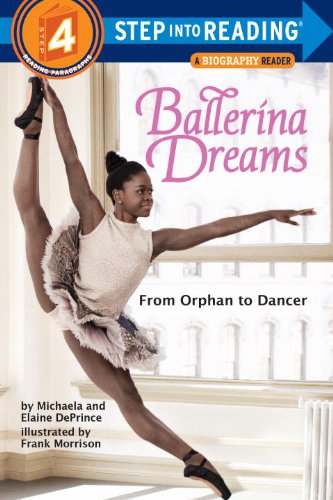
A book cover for Ballerina Dreams: From Orphan to Dancer (Step Into Reading, Step 4); Michaela DePrince; Children's Books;